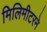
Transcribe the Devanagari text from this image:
मिलिमीटरने